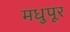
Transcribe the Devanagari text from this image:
मधुपूर